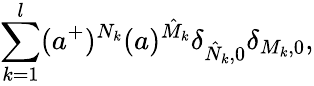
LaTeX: \sum_{k=1}^{l}(a^{+})^{N_{k}}(a)^{\hat{M}_{k}}\delta_{\hat{N}_{k},0}\delta_{M_{k},0},